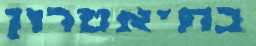
בתיאטרון